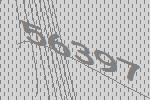
56397